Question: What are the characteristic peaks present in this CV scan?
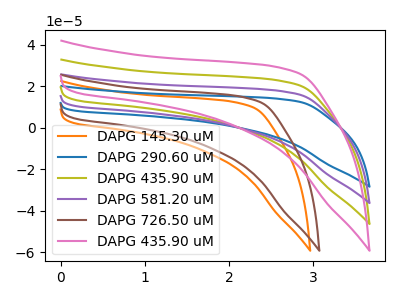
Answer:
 <answer>The orange curve "DAPG 145.30 uM" has no peaks. The blue curve "DAPG 290.60 uM" has no peaks. The olive curve "DAPG 435.90 uM" has no peaks. The purple curve "DAPG 581.20 uM" has no peaks. The brown curve "DAPG 726.50 uM" has no peaks. The pink curve "DAPG 435.90 uM" has no peaks.</answer>
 <eval></eval>